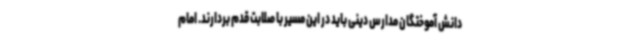
دانش آموختگان مدارس دینی باید در این مسیر با صلابت قدم بردارند. امام